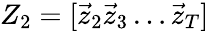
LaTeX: Z_{2}=[\vec{z}_{2}\vec{z}_{3}\dots\vec{z}_{T}]